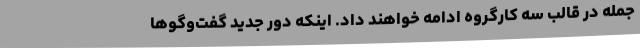
جمله در قالب سه کارگروه ادامه خواهند داد. اینکه دور جدید گفت‌وگوها